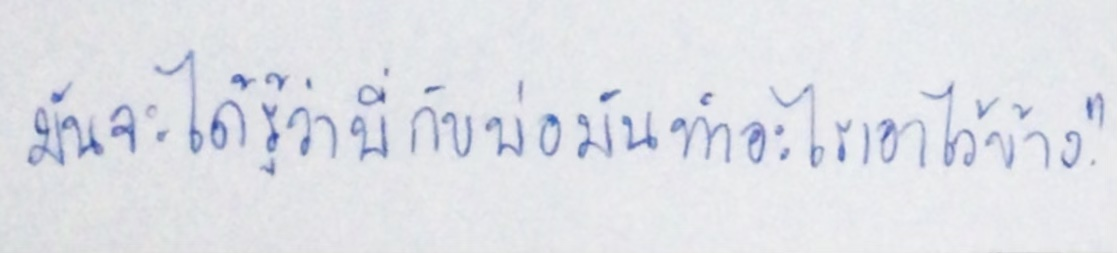
มันจะได้รู้ว่าพี่กับพ่อมันทำอะไรเอาไว้บ้าง"